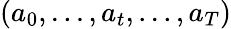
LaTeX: (a_{0},...,a_{t},...,a_{T})